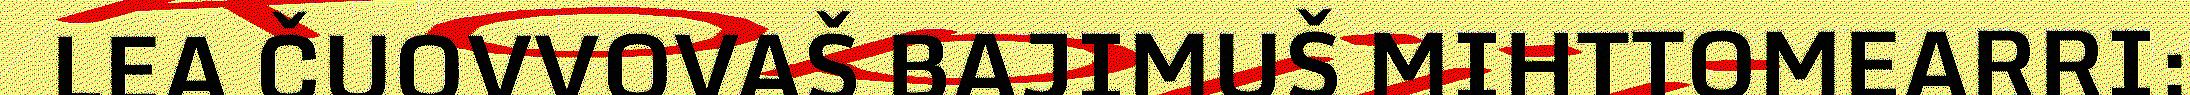
LEA ČUOVVOVAŠ BAJIMUŠ MIHTTOMEARRI: